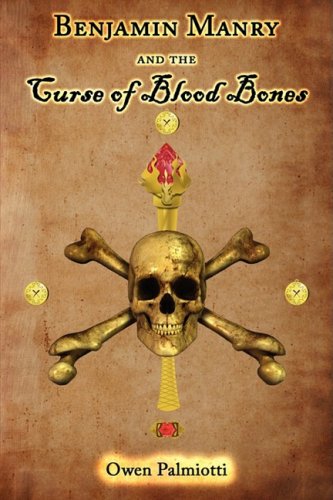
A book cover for Benjamin Manry and the Curse of Blood Bones: Book One of The Adventures of Benjamin Manry; Owen Palmiotti; Teen & Young Adult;